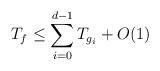
LaTeX: \begin{align*} T_f \le \sum_{i=0}^{d-1}T_{g_i}+ O(1) \end{align*}